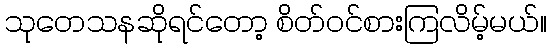
သုတေသနဆိုရင်တော့ စိတ်ဝင်စားကြလိမ့်မယ်။